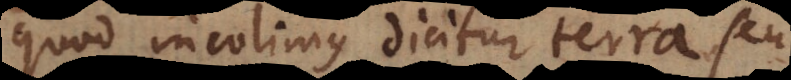
quod incolimus dicitur terra seu